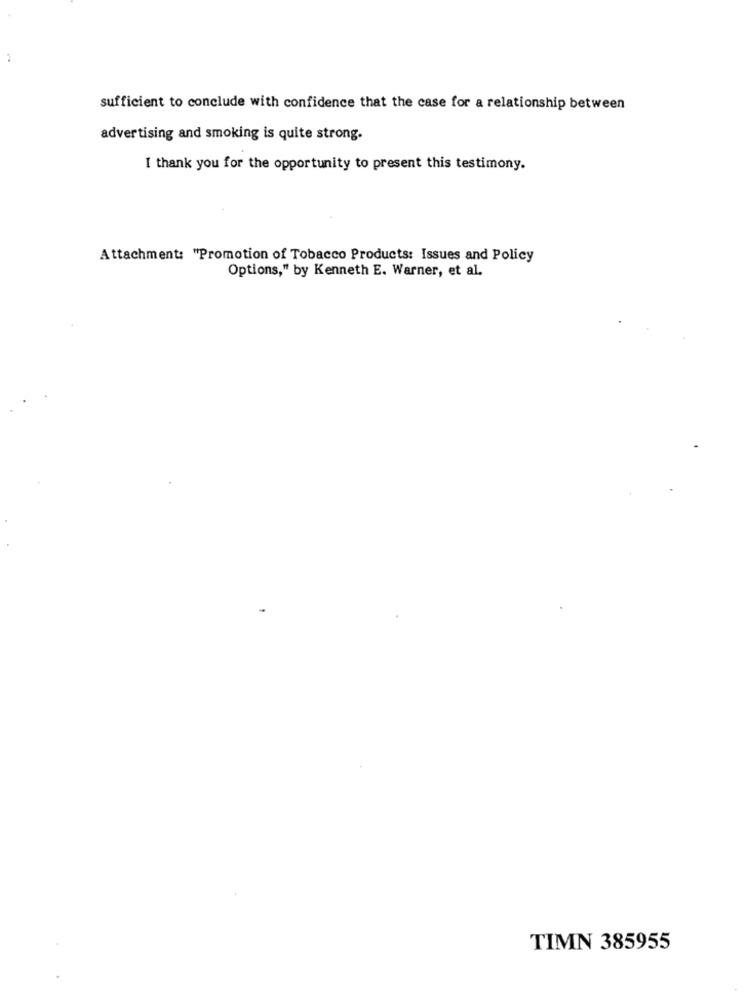
sufficient to conclude with confidence that the case for a relationship between
advertising and smoking is quite strong.
I thank you for the opportunity to present this testimony.
Attachment: "Promotion of Tobacco Products: Issues and Policy
Options," by Kenneth E. Warner, et al.
TIMN 385955